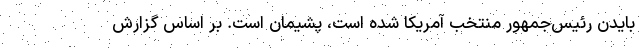
بایدن رئیس‌جمهور منتخب آمریکا شده است، پشیمان است. بر اساس گزارش